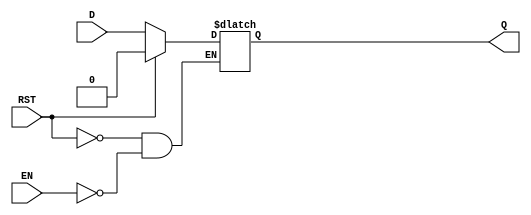
module async_register (
    input wire D,      // Data input
    input wire EN,     // Enable signal
    input wire RST,    // Asynchronous reset
    output reg Q       // Data output
);

// Asynchronous reset and data capture logic
always @(*) begin
    if (RST) begin
        Q <= 1'b0;    // Set output to 0 on reset
    end else if (EN) begin
        Q <= D;       // Capture data input when enabled
    end
    // If RST is low and EN is low, Q retains its previous value
end

endmodule